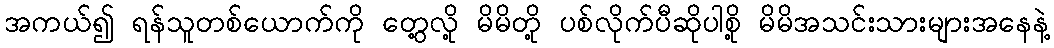
အကယ်၍ ရန်သူတစ်ယောက်ကို တွေ့လို့ မိမိတို့ ပစ်လိုက်ပီဆိုပါစို့ မိမိအသင်းသားများအနေနဲ့